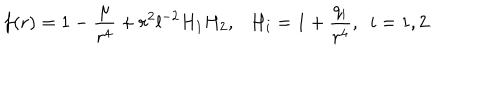
f ( r ) = 1 - \frac { \mu } { r ^ { 4 } } + r ^ { 2 } l ^ { - 2 } H _ { 1 } H _ { 2 } , \ \ \ H _ { i } = 1 + \frac { q _ { i } } { r ^ { 4 } } , \ \ i = 1 , 2 .